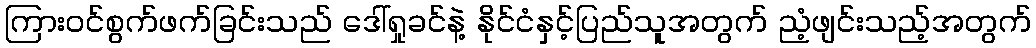
ကြားဝင်စွက်ဖက်ခြင်းသည် ဒေါ်ရှုခင်နဲ့ နိုင်ငံနှင့်ပြည်သူအတွက် ညံ့ဖျင်းသည့်အတွက်